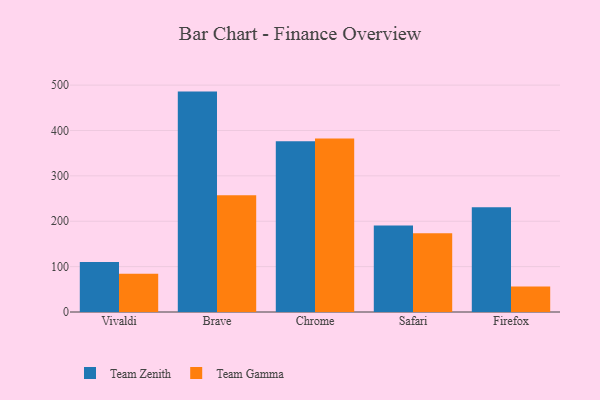
{"axis": {"x": "Browser", "y": "Budget (USD K)"}, "legend": ["Team Gamma", "Team Zenith"], "data": [{"x": "Vivaldi", "y": 110.0, "type": "Team Zenith"}, {"x": "Vivaldi", "y": 84.5, "type": "Team Gamma"}, {"x": "Brave", "y": 485.7, "type": "Team Zenith"}, {"x": "Brave", "y": 257.2, "type": "Team Gamma"}, {"x": "Chrome", "y": 376.4, "type": "Team Zenith"}, {"x": "Chrome", "y": 382.4, "type": "Team Gamma"}, {"x": "Safari", "y": 190.5, "type": "Team Zenith"}, {"x": "Safari", "y": 173.6, "type": "Team Gamma"}, {"x": "Firefox", "y": 230.8, "type": "Team Zenith"}, {"x": "Firefox", "y": 56.2, "type": "Team Gamma"}]}